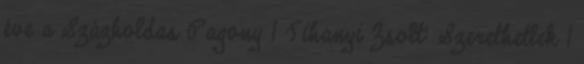
éve a Százholdas Pagony 1 Tihanyi Zsolt: Szerethetlek 1